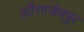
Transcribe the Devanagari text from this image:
औंरगजेबपुर